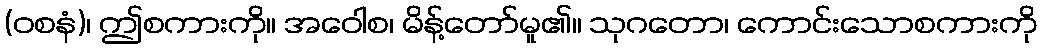
(ဝစနံ)၊ ဤစကားကို။ အဝေါစ၊ မိန့်တော်မူ၏။ သုဂတော၊ ကောင်းသောစကားကို